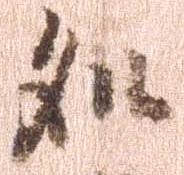
処